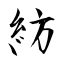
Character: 紡